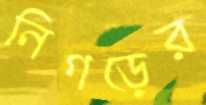
নিগড়ের